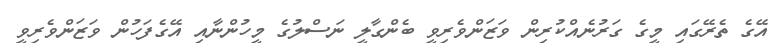
އޭގެ ތެރޭގައި މީގެ ގަރުނެއްކުރިން ވަޒަންވެރިވީ ބެންގާލީ ނަސްލުގެ މީހުންނާއި އޭގެފަހުން ވަޒަންވެރިވީ